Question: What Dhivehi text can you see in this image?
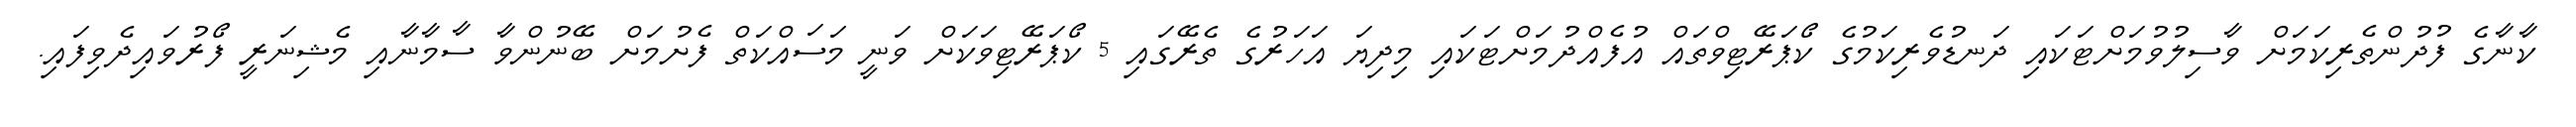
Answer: ކާނާގެ ފުދުންތެރިކަމަށް ވާސިލުވުމަށްޓަކައި ދަނޑުވެރިކަމުގެ ކޯޕަރޭޓިވްތައް އުފެއްދުމަށްޓަކައި މިދިޔަ އަހަރުގެ ތެރޭގައި 5 ކޯޕަރޭޓިވަކަށް ވަނީ މަސައްކަތް ފެށުމަށް ބޭނުންވާ ސާމާނާއި މެޝިނަރީ ފޯރުވައިދެވިފައި.